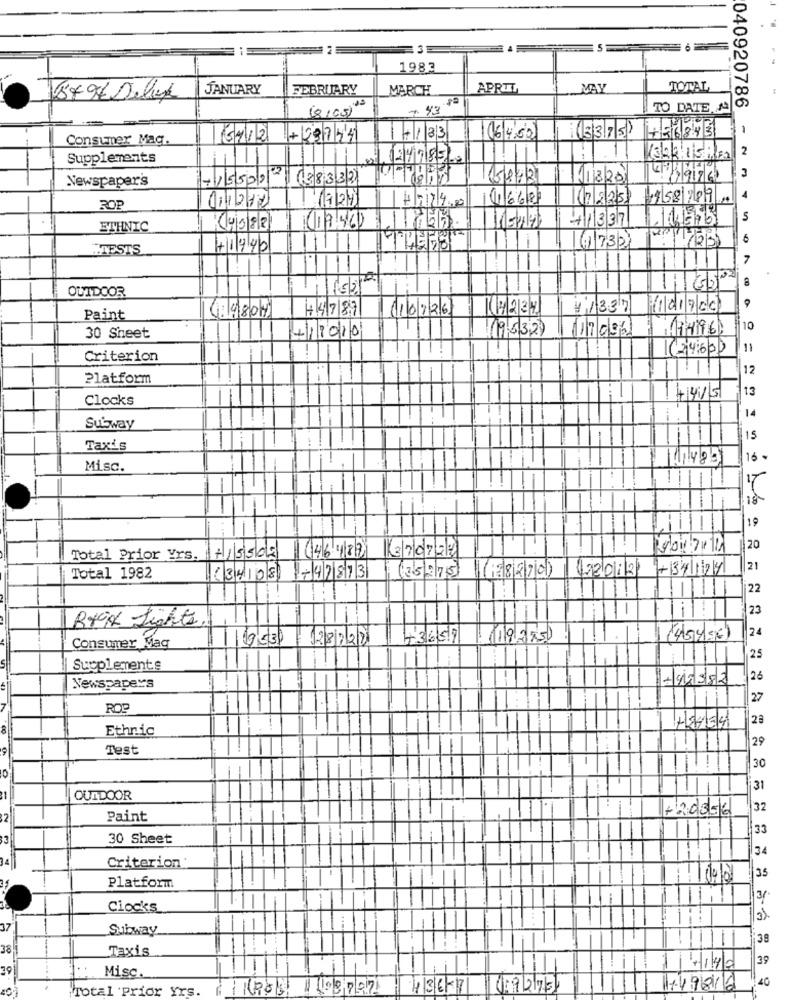
1983
JANUARY
FEBRUARY
MARCH
APRTT
MAY
TOTAL
37 9t Deluxe
18/05) 20
TO DATE,A
040920786
1
Consumer Mag.
51/2
+23754
+133
06400
(3375)
2
Supplements
2418220
Newspaper's
/5500 (883321
1/3/20
4/1996
011212
7
1016681
7225
958789
4
ROP
(1956)
+1337
5
ETHNIC
6
STESTS
+1440
732
7
OUTDOOR
1/15/21
44787
110226
1234
4,1337
(101700
Paint
(4804)
(19532)
17006
114196
10
30 Sheet
112010
(2450)
11
Criterion
12
Platform
13
Clocks
+415
14
Subway
Taxis
00
16
Misc.
--
IT
19
370727
20
Total Prior Yrs.
+15500
6464189)
21
Total 1982
(34108
+47873
(35/275)
22
23
Rtx Lights,
24
128228
43659
:(19.275
(45456)
Consumer Mag
25
Supplements
442382
26
Newspapers
27
ROC
23
8
Ethnic
29
Test
10
30
31
1
OUTDOOR
+20356
32
Paint
33
30 Sheet
34
Criterion
35
Platform
3/
Ciocks
37
Subway
38
38
Taxis
39
39
4142
Misc.
40
Total prior Yrs.
43647
749810